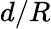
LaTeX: d/R